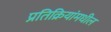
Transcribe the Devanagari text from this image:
प्रतिक्रियांमधील